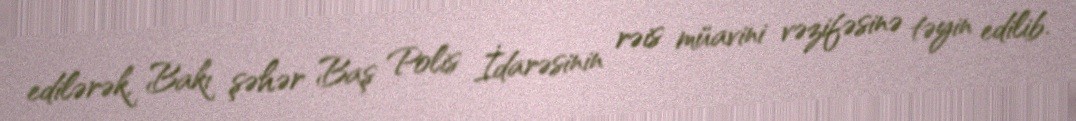
edilərək, Bakı şəhər Baş Polis İdarəsinin rəis müavini vəzifəsinə təyin edilib.